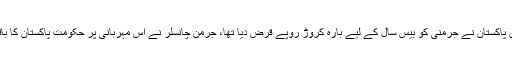
ایوب خان کے دور میں پاکستان نے جرمنی کو بیس سال کے لیے بارہ کروڑ روپے قرض دیا تھا، جرمن چانسلر نے اس مہربانی پر حکومت پاکستان کا باقاعدہ شکریہ ادا کیا تھا۔